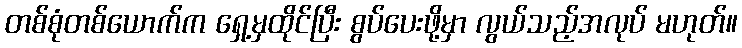
တစ်စုံတစ်ယောက်က ရှေ့မှထိုင်ပြီး စွပ်ပေးဖို့မှာ လွယ်သည့်အလုပ် မဟုတ်။